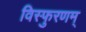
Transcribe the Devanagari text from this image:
विस्फुरणम्